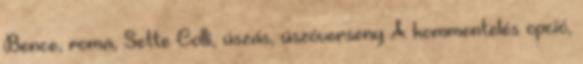
Bence, roma, Sette Colli, úszás, úszóverseny A kommentelés opció,